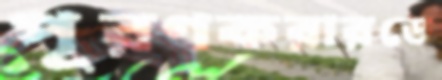
পূরণকরারডে